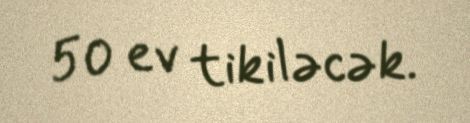
50 ev tikiləcək.